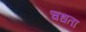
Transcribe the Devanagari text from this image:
चधता